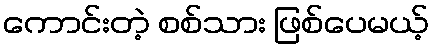
ကောင်းတဲ့ စစ်သား ဖြစ်ပေမယ့်